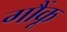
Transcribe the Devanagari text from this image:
गौंकू